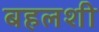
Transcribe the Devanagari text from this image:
बहलशी